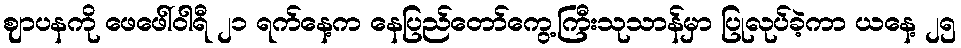
ဈာပနကို ဖေဖေါ်ဝါရီ ၂၁ ရက်နေ့က နေပြည်တော်ကွေ့ကြီးသုသာန်မှာ ပြုလုပ်ခဲ့ကာ ယနေ့ ၂၅